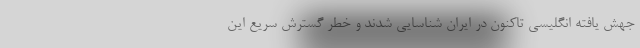
جهش یافته انگلیسی تاکنون در ایران شناسایی شدند و خطر گسترش سریع این